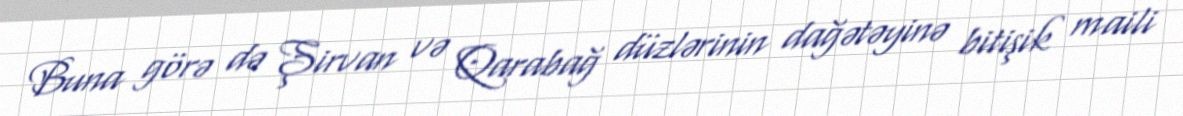
Buna görə də Şirvan və Qarabağ düzlərinin dağətəyinə bitişik maili